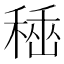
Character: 𥠞